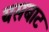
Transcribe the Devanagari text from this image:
यसबाट